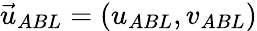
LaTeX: \vec{u}_{ABL}=(u_{ABL},v_{ABL})